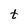
Character: t